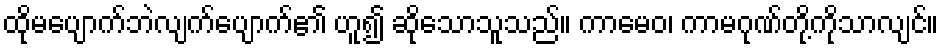
ထိုမပျောက်ဘဲလျက်ပျောက်၏ ဟူ၍ ဆိုသောသူသည်။ ကာမေဝ၊ ကာမဂုဏ်တို့ကိုသာလျင်။